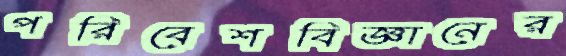
পরিবেশবিজ্ঞানের